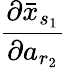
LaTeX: \frac{\partial\bar{x}_{s_{1}}}{\partial a_{r_{2}}}